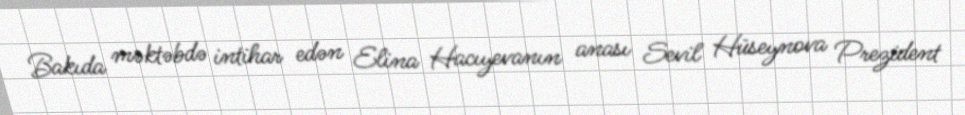
Bakıda məktəbdə intihar edən Elina Hacıyevanın anası Sevil Hüseynova Prezident